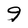
Character: 9